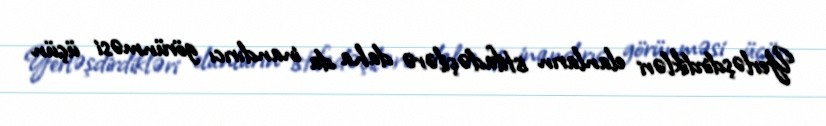
Yerləşdirdikləri elanların istifadəçilərə daha da inandırıcı görünməsi üçün